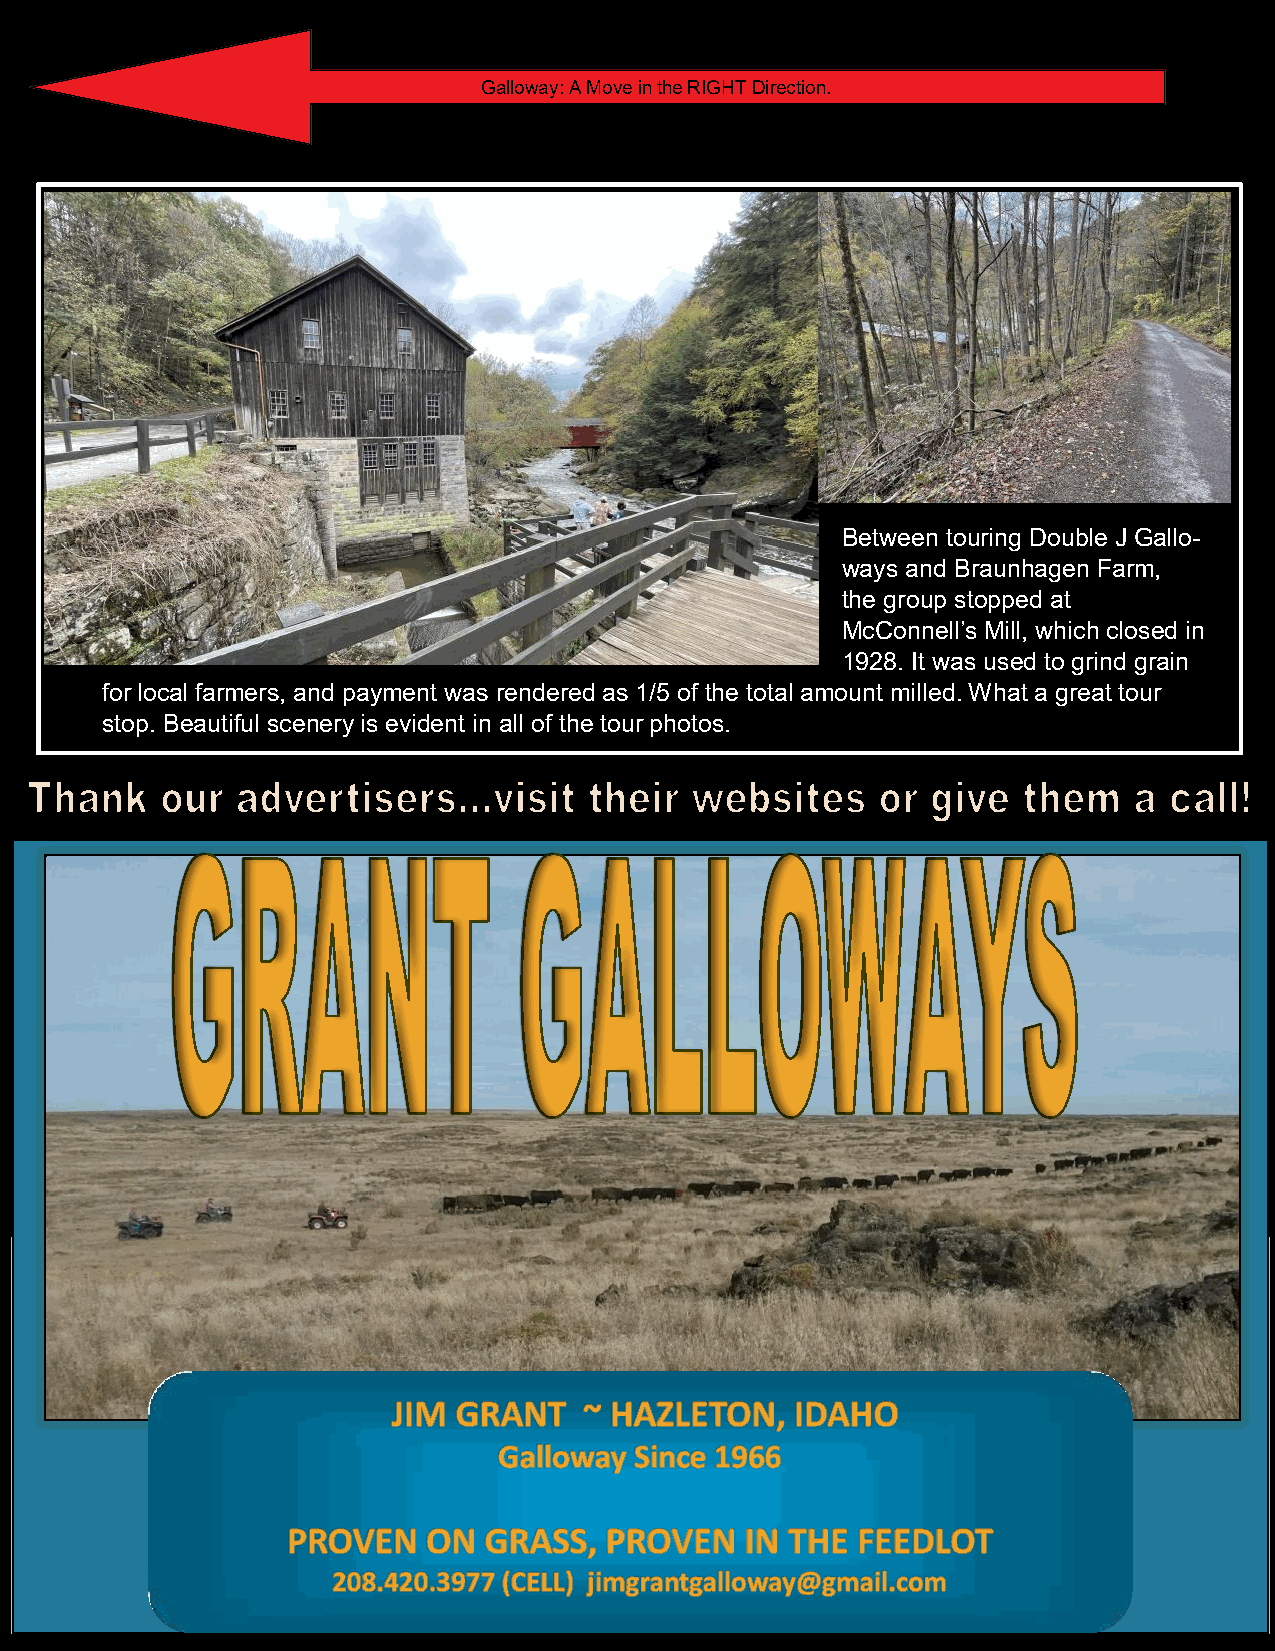
Galloway: A Move in the RIGHT Direction.
 Between touring Double J Gallo-
 ways and Braunhagen Farm,
 the group stopped at
 McConnell’s Mill, which closed in
 1928. It was used to grind grain
 for local farmers, and payment was rendered as 1/5 of the total amount milled. What a great tour
 stop. Beautiful scenery is evident in all of the tour photos.